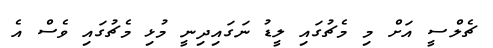
ޗެލްސީ އަށް މި މެޗުގައި ލީޑު ނަގައިދިނީ މުޅި މެޗުގައި ވެސް އެ